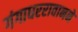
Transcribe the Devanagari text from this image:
गंगाधररावानने